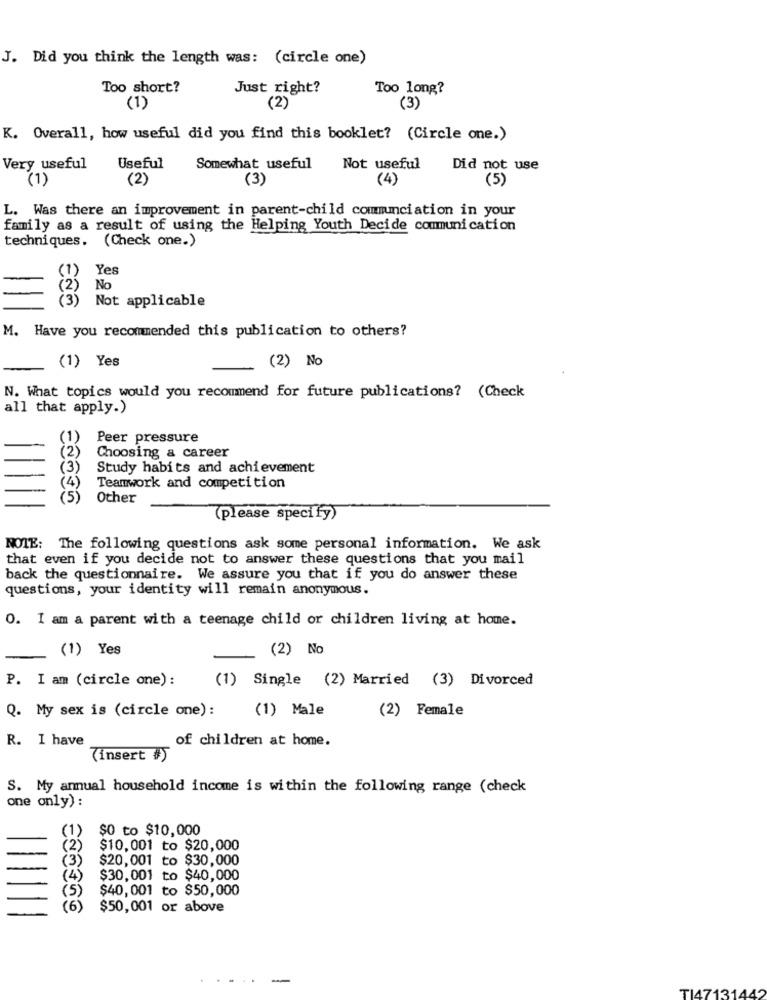
J. Did you think the length was: (circle one)
Too short?
Just right?
Too long?
(1)
(2)
(3)
K. Overall, how useful did you find this booklet? (Circle one.)
Very useful
Useful
Somewhat useful
Not useful
Did not use
(1)
(2)
(3)
(4)
(5)
L. Was there an improvement in parent-child communciation in your
family as a result of using the Helping Youth Decide communication
techniques. (Check one.)
(1) Yes
(2)
No
(3) Not applicable
M. Have you recommended this publication to others?
(1) Yes
(2) No
N. What topics would you recommend for future publications? (Check
all that apply.)
Peer pressure
Choosing & career
Study habits and achievement
Teamwork and competition
(5)
Other
(please specify)
NOTE: The following questions ask some personal information. We ask
that even if you decide not to answer these questions that you mail
back the questionnaire. We assure you that if you do answer these
questions, your identity will remain anonymous.
O. I am a parent with a teenage child or children living at home.
(1) Yes
(2) No
P. I am (circle one):
(1) Single (2) Married (3) Divorced
Q. My sex is (circle one) :
(2) Female
(1) Male
R. I have
of children at home.
(insert #)
S. My anual household income is within the following range (check
one only) :
(1)
$0 to $10,000
(2)
$10,001 to $20,000
(3)
$20,001 to $30,000
(4)
$30,001 to $40,000
(5)
$40,001 to $50,000
(6)
$50,001 or above
TI47131442